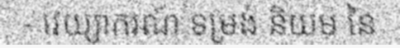
- វេយ្យាករណ៍ ទម្រង់ និយម នៃ